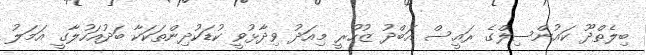
ބިލެތްދޫ ކައުންސިލްގެ ރައީސް އަބްދު ޒުހުރީ މިއަދު ވިދާޅުވީ ކުޑަކުދިންތަކަކާ ބަދުއަހުލާގީ އަމަލު